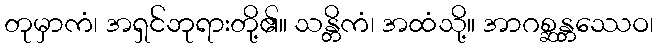
တုမှာကံ၊ အရှင်ဘုရားတို့၏။ သန္တိကံ၊ အထံသို့။ အာဂစ္ဆန္တဿေဝ၊